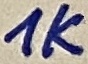
Text: 1K